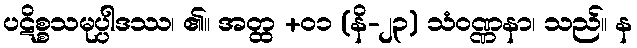
ပဋိစ္စသမုပ္ပါဒဿ၊ ၏။ အတ္ထ +၀၁ (နိ-၂၃) သံဝဏ္ဏနာ၊ သည်။ န